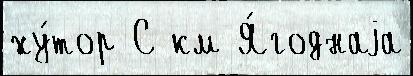
ху́тор С км Я́годнаjа